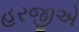
હરજીએ